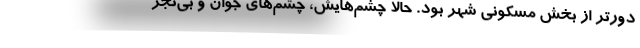
دورتر از بخش مسكوني شهر بود. حالا چشم‌هايش، چشم‌هاي جوان و بي‌تجر